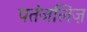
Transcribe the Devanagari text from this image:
पतंजलिज़